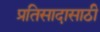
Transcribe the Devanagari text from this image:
प्रतिसादासाठी